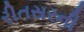
રીતસરની